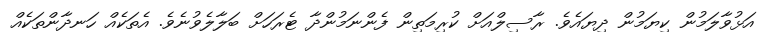
އަޅުވާލަމުން ކިޔަމުން ދިޔައެވެ. ރާސިލްއަށް ކުރިމަތިން ފެންނަމުންދާ ޓެރަހަށް ބަލާލެވުނެވެ. އެތަކެއް ހަނދާންތަކެއް